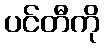
ပင်တီကို